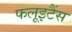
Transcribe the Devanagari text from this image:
फलूइटैंस